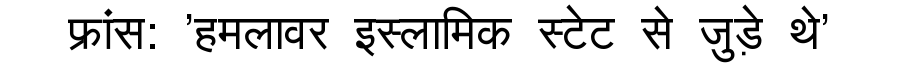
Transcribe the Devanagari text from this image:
फ्रांस: 'हमलावर इस्लामिक स्टेट से जुड़े थे'